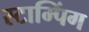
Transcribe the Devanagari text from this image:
स्टाम्पिंग